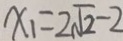
x _ { 1 } = 2 \sqrt { 2 } - 2